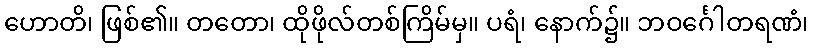
ဟောတိ၊ ဖြစ်၏။ တတော၊ ထိုဖိုလ်တစ်ကြိမ်မှ။ ပရံ၊ နောက်၌။ ဘဝင်္ဂေါတရဏံ၊